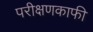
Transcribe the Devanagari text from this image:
परीक्षणकाफी